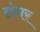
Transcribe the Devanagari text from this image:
तंगर